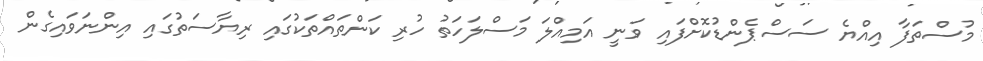
މުސްތަފާ އިއްޔެ ސަސްޕެންޑުކޮށްފައި ވަނީ އަމިއްލަ މަސްލަހަތު ހުރި ކަންތައްތަކުގައި ރިޔާސަތުގައި އިންނަވައިގެން